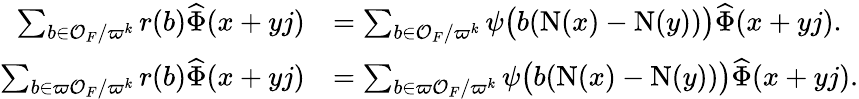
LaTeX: \begin{array}{rl}{\sum_{b\in\mathcal{O}_{F}/\varpi^{k}}r(b)\widehat{\Phi}(x+yj)}&{=\sum_{b\in\mathcal{O}_{F}/\varpi^{k}}\psi\big(b(\mathrm{N}(x)-\mathrm{N}(y))\big)\widehat{\Phi}(x+yj).}\\ {\sum_{b\in\varpi\mathcal{O}_{F}/\varpi^{k}}r(b)\widehat{\Phi}(x+yj)}&{=\sum_{b\in\varpi\mathcal{O}_{F}/\varpi^{k}}\psi\big(b(\mathrm{N}(x)-\mathrm{N}(y))\big)\widehat{\Phi}(x+yj).}\end{array}